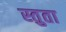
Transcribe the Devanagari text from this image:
स्तुता